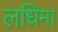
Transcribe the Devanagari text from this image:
लधिमा